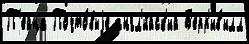
П'ейна Почто́выjе англ'и́йск'ий Б'ерр'ив'илл